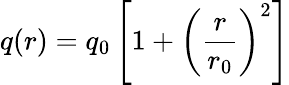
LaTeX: q(r)=q_{0}\left[1+\left(\frac{r}{r_{0}}\right)^{2}\right]